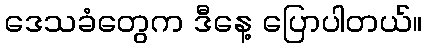
ဒေသခံတွေက ဒီနေ့ ပြောပါတယ်။